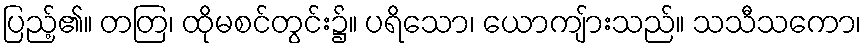
ပြည့်၏။ တတြ၊ ထိုမစင်တွင်း၌။ ပရိသော၊ ယောကျ်ားသည်။ သသီသကော၊